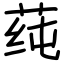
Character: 莼